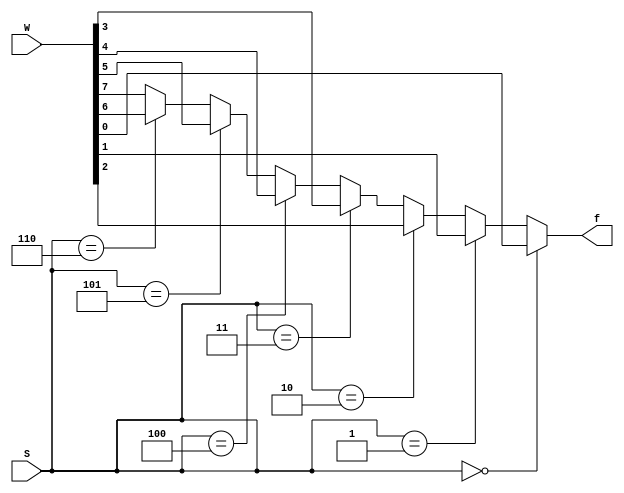
module mux8to1_assign (W, S, f);

input [7:0] W;
input [2:0] S;
output f;

assign f = (S == 0) ? W[0] :
              (S == 1) ? W[1] :
              (S == 2) ? W[2] :
              (S == 3) ? W[3] :
              (S == 4) ? W[4] :
              (S == 5) ? W[5] :
              (S == 6) ? W[6] : W[7];

endmodule